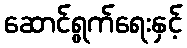
ဆောင်ရွက်ရေးနှင့်